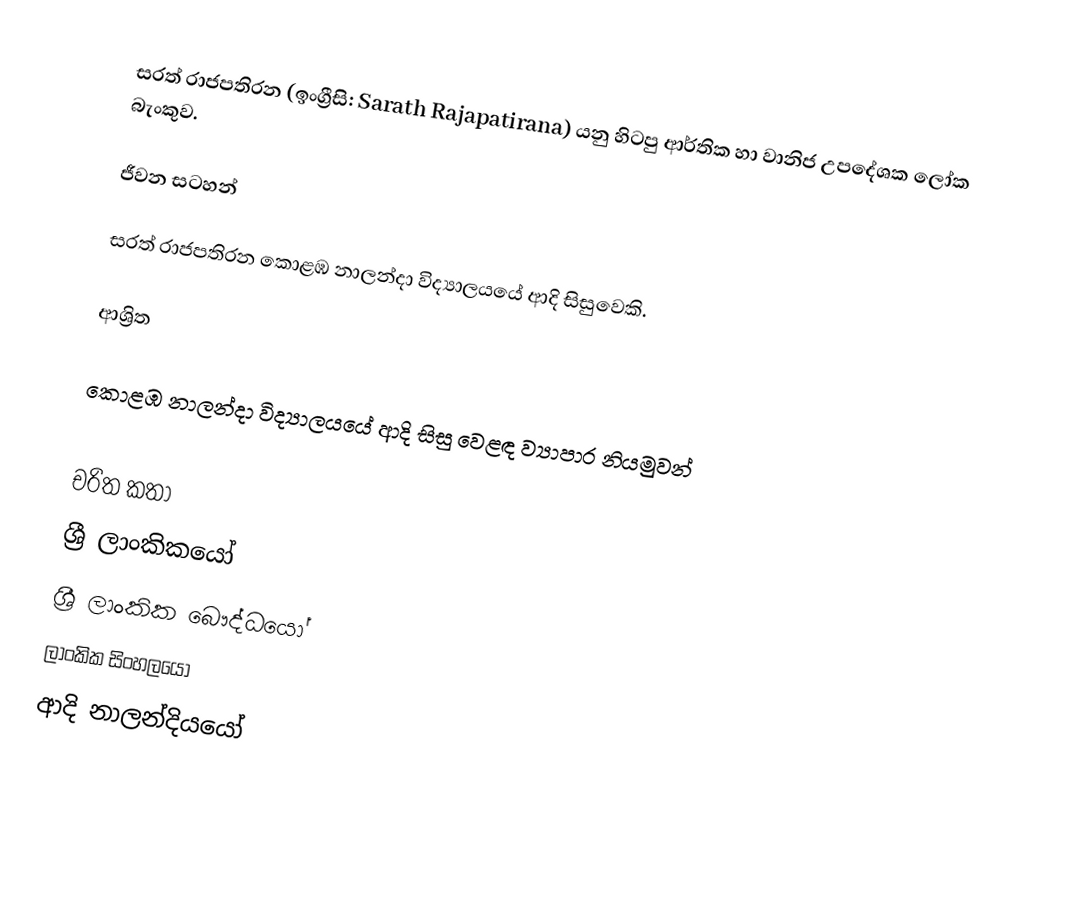
සරත් රාජපතිරන (ඉංග්‍රීසි: Sarath Rajapatirana) යනු  හිටපු ආර්තික හා වානිජ උපදේශක ලෝක බැංකුව.

ජීවන සටහන්

සරත් රාජපතිරන  කොළඹ නාලන්දා විද්‍යාලයයේ ආදි සිසුවෙකි.

ආශ්‍රිත

 කොළඹ නාලන්දා විද්‍යාලයයේ ආදි සිසු වෙළඳ ව්‍යාපාර නියමුවන්

චරිත කතා
ශ්‍රී ලාංකිකයෝ
ශ්‍රී ලාංකික බෞද්ධයෝ
ලාංකික සිංහලයෝ
ආදි නාලන්දියයෝ